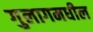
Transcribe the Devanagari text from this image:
गुलागमधील